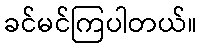
ခင်မင်ကြပါတယ်။